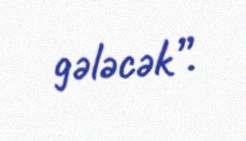
gələcək”.